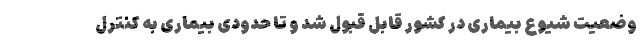
وضعیت شیوع بیماری در کشور قابل قبول شد و تا حدودی بیماری به کنترل